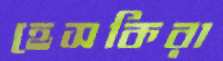
হেসকিরা